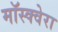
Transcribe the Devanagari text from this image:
मॉस्क्वेरा